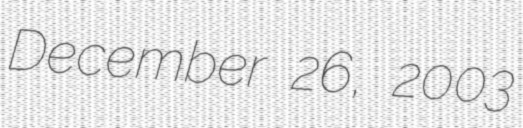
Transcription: December 26, 2003